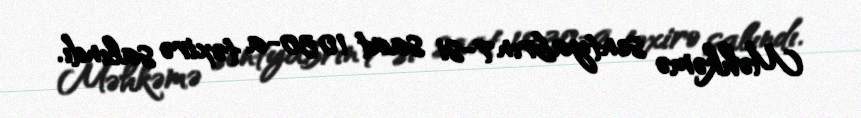
Məhkəmə sentyabrın 7-si saat 10:30-a təxirə salındı.